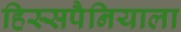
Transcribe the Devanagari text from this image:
हिस्सपैनियाला